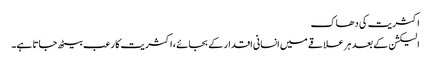
اکثریت کی دھاک
الیکشن کے بعد ہر علاقے میں انسانی اقدار کے بجائے ، اکثریت کا رعب بیٹھ جاتا ہے۔